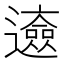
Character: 𨘰